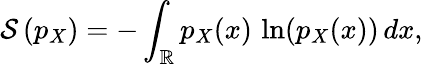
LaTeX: \mathcal{S}\left(p_{X}\right)=-\int_{\mathbb{R}}p_{X}(x)\, \ln(p_{X}(x))\, dx,